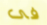
فى